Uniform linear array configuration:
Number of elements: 12
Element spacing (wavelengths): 0.5
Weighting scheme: hann
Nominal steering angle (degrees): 45
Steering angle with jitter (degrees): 45.672
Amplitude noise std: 0.05
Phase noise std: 0.05

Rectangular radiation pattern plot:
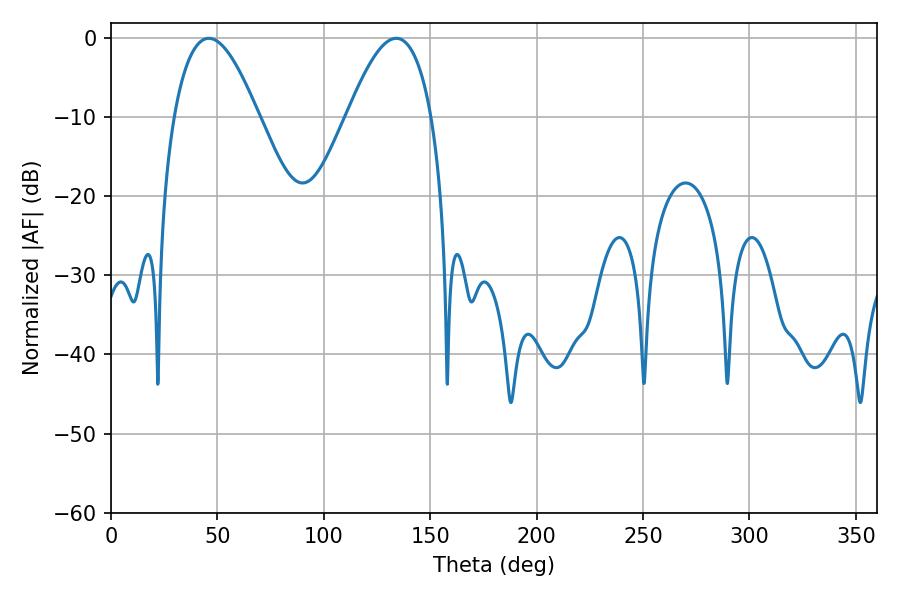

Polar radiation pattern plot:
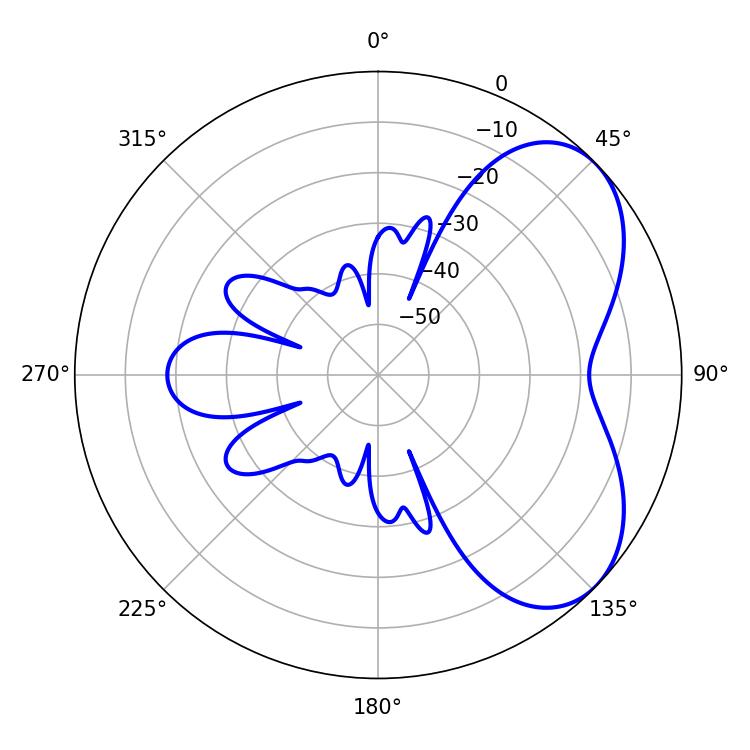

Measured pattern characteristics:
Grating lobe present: FALSE
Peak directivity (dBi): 5.205
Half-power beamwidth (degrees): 21.78
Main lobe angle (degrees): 45.9